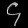
Digit: ၄